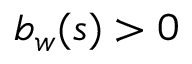
b _ { w } ( s ) > 0